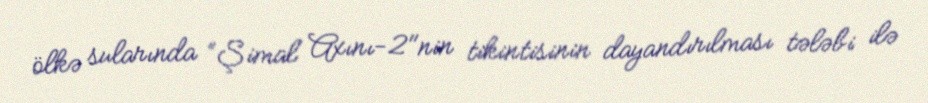
ölkə sularında “Şimal Axını-2"nin tikintisinin dayandırılması tələbi ilə